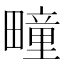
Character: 疃